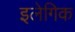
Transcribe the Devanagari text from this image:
इलेगिक